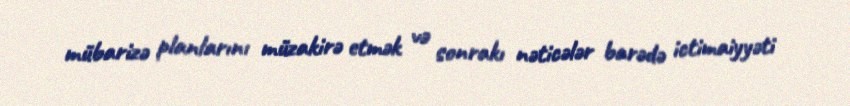
mübarizə planlarını müzakirə etmək və sonrakı nəticələr barədə ictimaiyyəti